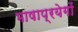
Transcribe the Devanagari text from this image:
भाषाप्रयेगों